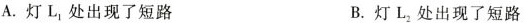
A.灯L_{1}处出现了短路 B.灯L_{2}处出现了短路